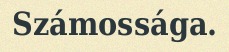
Számossága.